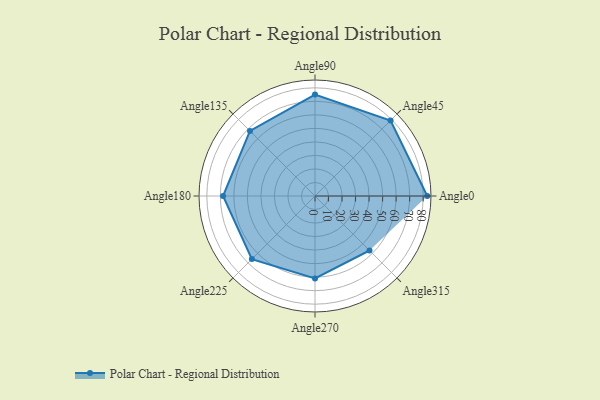
{"axis": {"x": "Angle", "y": "Radius"}, "legend": [""], "data": [{"x": "Angle0", "y": 83.0, "type": ""}, {"x": "Angle45", "y": 79.0, "type": ""}, {"x": "Angle90", "y": 75.0, "type": ""}, {"x": "Angle135", "y": 68.0, "type": ""}, {"x": "Angle180", "y": 68.0, "type": ""}, {"x": "Angle225", "y": 66.0, "type": ""}, {"x": "Angle270", "y": 61.0, "type": ""}, {"x": "Angle315", "y": 57.0, "type": ""}]}